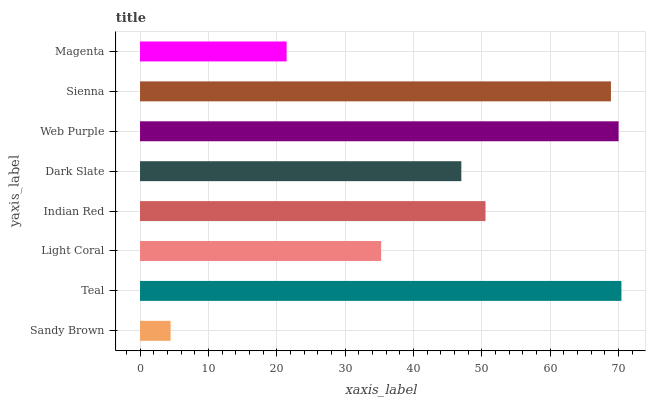
| yaxis_label | bars |
 | --- | --- |
 | Sandy Brown | 4.47 |
 | Teal | 70.4 |
 | Light Coral | 35.3 |
 | Indian Red | 50.5 |
 | Dark Slate | 47 |
 | Web Purple | 70 |
 | Sienna | 68.9 |
 | Magenta | 21.4 |